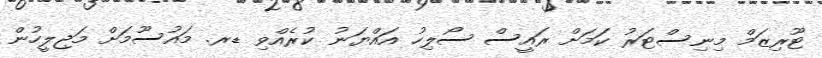
ޓޫރިޒަމް މިނިސްޓަރު ކަމަށް ރައީސް ސޯލިހު އައްޔަނު ކުރެއްވި ޑރ. މައުސޫމަށް މަޖިލީހުން